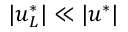
| \boldsymbol { u } _ { L } ^ { * } | \ll | \boldsymbol { u } ^ { * } |